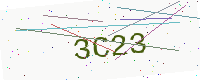
Text: 3C23